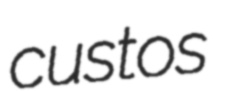
custos